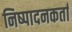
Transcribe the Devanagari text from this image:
निष्‍पादनकर्ता